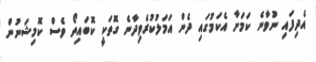
އެދިފައި ނުވާނެ ކަމަށާ އެކަމުގައި ދެން އަމަލުކުރެވިދާނެ ގޮތަކީ ކޮބައިތޯ ވެސް ކޮމިޝަނުން